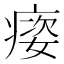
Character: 㾳